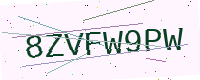
Text: 8ZVFW9PW